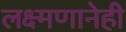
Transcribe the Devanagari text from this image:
लक्ष्मणानेही